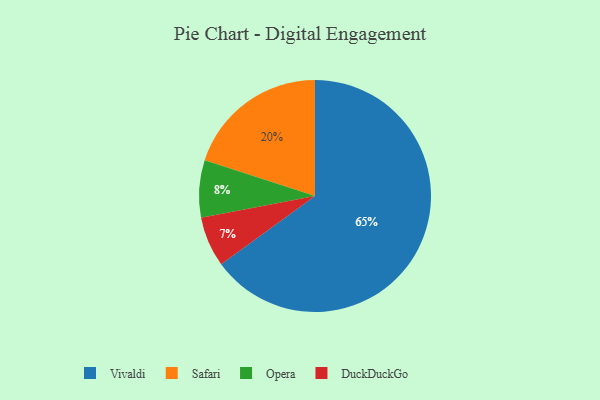
{"axis": {"x": "Category", "y": "Percentage"}, "legend": ["DuckDuckGo", "Opera", "Safari", "Vivaldi"], "data": [{"x": "Vivaldi", "y": 65, "type": "Vivaldi"}, {"x": "Opera", "y": 8, "type": "Opera"}, {"x": "Safari", "y": 20, "type": "Safari"}, {"x": "DuckDuckGo", "y": 7, "type": "DuckDuckGo"}]}